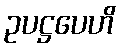
ဥပဋ္ဌပေဟိ